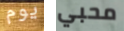
يوم محبي